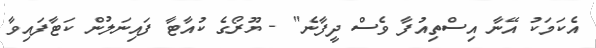
އެކަމަކު އޭނާ އިސްތިއުފާ ވެސް ދީފާނެ" - ޔޫރޯގެ ކުއާޓާ ފައިނަލުން ކަޓާފައިވާ